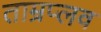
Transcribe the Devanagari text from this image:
ताम्रप्लव